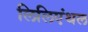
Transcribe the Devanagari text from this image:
लिलिएंथल